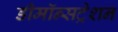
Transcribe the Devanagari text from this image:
डीमॉन्सट्रेशन